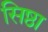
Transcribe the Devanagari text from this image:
सिष्ठा